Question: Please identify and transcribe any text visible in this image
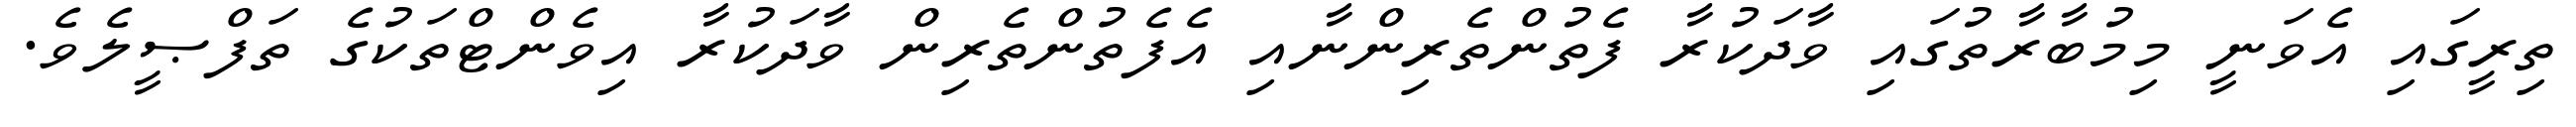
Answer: ތިރީގައި އެވަނީ މިމުބާރާތުގައި ވާދަކުރާ ފެތުންތެރިންނާއި އެފެތުންތެރިން ވާދަކުރާ އިވެންޓްތަކުގެ ތަފްޞީލެވެ.